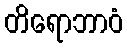
တိရောဘာဝံ